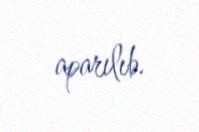
aparılıb.